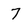
Character: 7